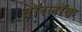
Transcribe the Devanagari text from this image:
वॉरलॉक